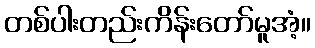
တစ်ပါးတည်းကိန်းတော်မူအံ့။